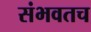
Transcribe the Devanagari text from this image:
संभवतच